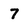
Character: 7